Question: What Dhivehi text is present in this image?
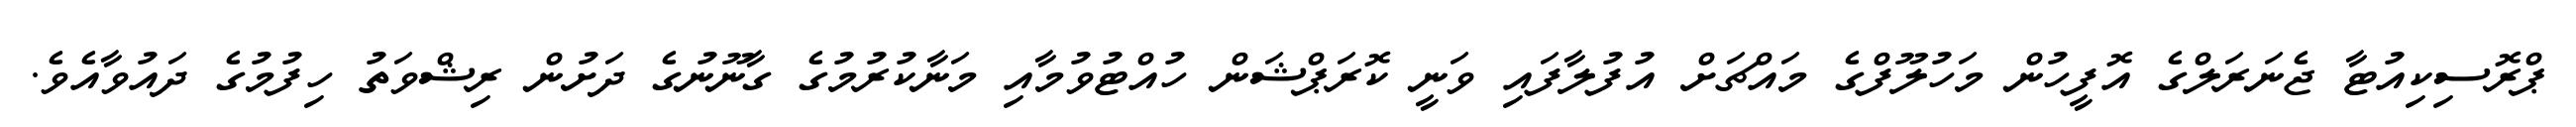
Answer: ޕްރޮސިކިއުޓާ ޖެނަރަލްގެ އޮފީހުން މަހުލޫފްގެ މައްޗަށް އުފުލާފައި ވަނީ ކޮރަޕްޝަން ހުއްޓުވުމާއި މަނާކުރުމުގެ ގާނޫނުގެ ދަށުން ރިޝްވަތު ހިފުމުގެ ދައުވާއެވެ.